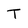
Character: T